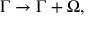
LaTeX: \Gamma \rightarrow \Gamma + \Omega ,